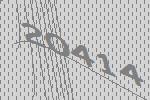
20414